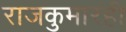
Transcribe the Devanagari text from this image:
राजकुमारही